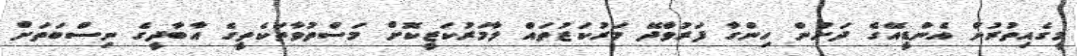
މީގެއިތުރުން އެންޑީއޭގެ ދަށުން ހިންގާ ފަރުވާދޭ މަރުކަޒުތައް ލާމަރުކަޒީކޮށް މަސްތުވާތަކެތީގެ އާބާދީގެ ނިސްބަތަށް